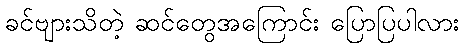
ခင်ဗျားသိတဲ့ ဆင်တွေအကြောင်း ပြောပြပါလား